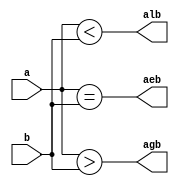
module comp(a,b,agb,aeb,alb);
  parameter n=1;		 
  input[n-1:0] a,b;    
  output agb,aeb,alb;
	assign agb=(a>b);   //  When a>b  agb=1
	assign aeb=(a==b);	//  When a=b  aeb=1
	assign alb=(a<b);	//  When a<b  alb=1
endmodule